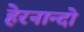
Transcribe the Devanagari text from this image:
हेरनान्दो